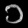
Digit: ၁